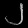
Digit: ၂